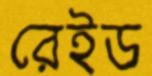
রেইড